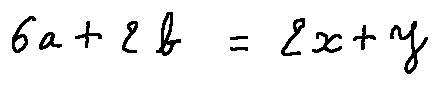
6 a + 2 b = 2 x + y